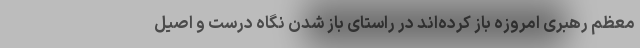
معظم رهبری امروزه باز کرده‌اند در راستای باز شدن نگاه درست و اصیل